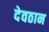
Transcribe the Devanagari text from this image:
देवठान